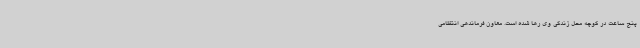
پنج ساعت در کوچه محل زندگی وی رها شده است. معاون فرماندهی انتظامی